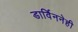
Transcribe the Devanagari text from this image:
डार्विननेही